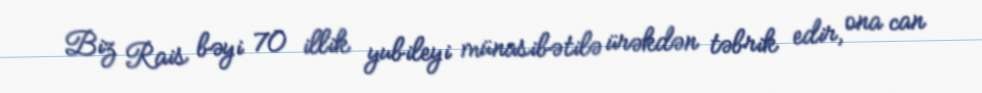
Biz Rais bəyi 70 illik yubileyi münasibətilə ürəkdən təbrik edir, ona can